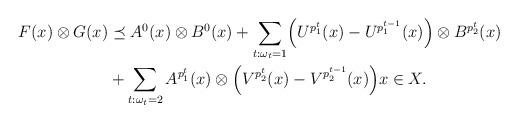
LaTeX: \begin{align*}\begin{aligned}F(x) \otimes G(x)& \preceq A^0(x) \otimes B^0(x) + \sum_{t:\omega_t = 1} \Bigl(U^{p^t_1}(x) - U^{p^{t-1}_1}(x)\Bigr) \otimes B^{p^t_2}(x) \\& + \sum_{t:\omega_t = 2} A^{p^t_1}(x) \otimes \Bigl(V^{p^t_2}(x) - V^{p^{t-1}_2}(x)\Bigr) x \in X.\end{aligned}\end{align*}